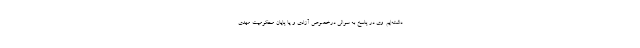
داشته‌ایم. وی در پاسخ به سوالی درخصوص آزادی و یا پایان محکومیت مهدی